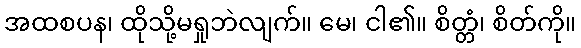
အထစပန၊ ထိုသို့မရှုဘဲလျက်။ မေ၊ ငါ၏။ စိတ္တံ၊ စိတ်ကို။